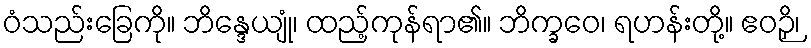
ဝံသည်းခြေကို။ ဘိန္ဒေယျုံ၊ ထည့်ကုန်ရာ၏။ ဘိက္ခဝေ၊ ရဟန်းတို့။ ဧဝဉှိ၊